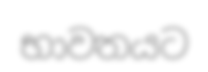
භාවතයට